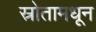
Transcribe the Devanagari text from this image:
स्रोतामधून